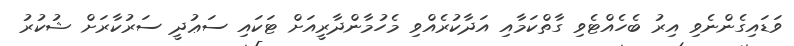
ވަޑައިގެންނެވި އިރު ބެހެއްޓެވި ގާތްކަމާއި އަދާކުރެއްވި މެހުމާންދާރީއަށް ޓަކައި ސަޢުދީ ސަރުކާރަށް ޝުކުރު